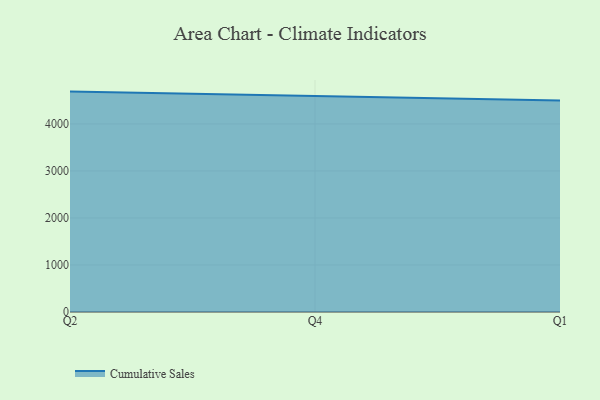
{"axis": {"x": "Quarter", "y": "Active Users"}, "legend": ["Cumulative Sales"], "data": [{"x": "Q2", "y": 4687.8, "type": "Cumulative Sales"}, {"x": "Q4", "y": 4586.8, "type": "Cumulative Sales"}, {"x": "Q1", "y": 4497.8, "type": "Cumulative Sales"}]}